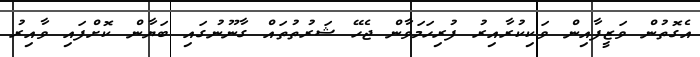
އެގޮތުން ވަޒީފާއިން ވަކިކުރާއިރު ފުރިހަމަވާން ޖެހޭ ޝަރުތުތައް ގާނޫނުގައި ބަޔާން ކޮށްފައި ވާއިރު